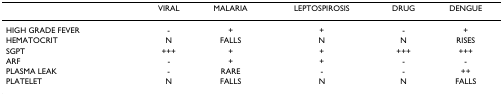
<table><thead><tr><td></td><td><b>VIRAL</b></td><td><b>MALARIA</b></td><td><b>LEPTOSPIROSIS</b></td><td><b>DRUG</b></td><td><b>DENGUE</b></td></tr></thead><tbody><tr><td>HIGH GRADE FEVER</td><td>-</td><td>+</td><td>+</td><td>-</td><td>+</td></tr><tr><td>HEMATOCRIT</td><td>N</td><td>FALLS</td><td>N</td><td>N</td><td>RISES</td></tr><tr><td>SGPT</td><td>+++</td><td>+</td><td>+</td><td>+++</td><td>+++</td></tr><tr><td>ARF</td><td>-</td><td>+</td><td>+</td><td>-</td><td>-</td></tr><tr><td>PLASMA LEAK</td><td>-</td><td>RARE</td><td>-</td><td>-</td><td>++</td></tr><tr><td>PLATELET</td><td>N</td><td>FALLS</td><td>N</td><td>N</td><td>FALLS</td></tr></tbody></table>